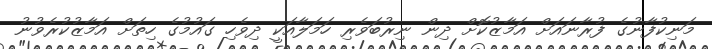
މަނިކުފާނުގެ ފުރާނައަށް އަމާޒުކޮށް ދިން ނިރުބަވެރި ހަމަލާއަކީ ދިވެހި ގައުމުގެ ހިތަށް އަމާޒުކުރެވުނު